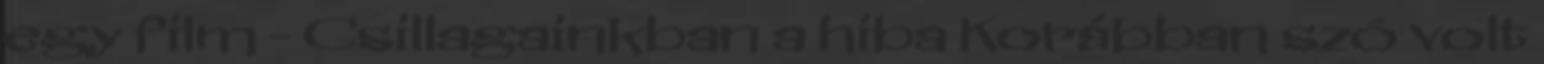
egy film - Csillagainkban a hiba Korábban szó volt